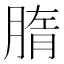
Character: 𦝦